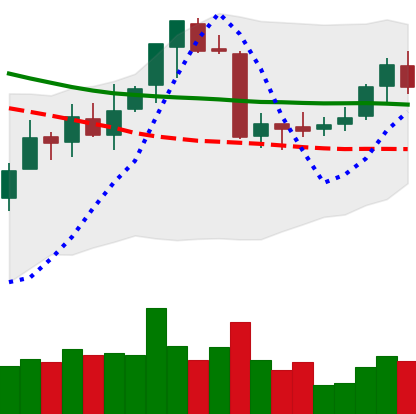
Ticker: ETC-USD
Chart end date: 2018-07-18
Forward return: -7.062%
Label: down_7plus